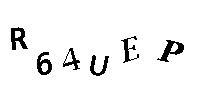
R64UEP